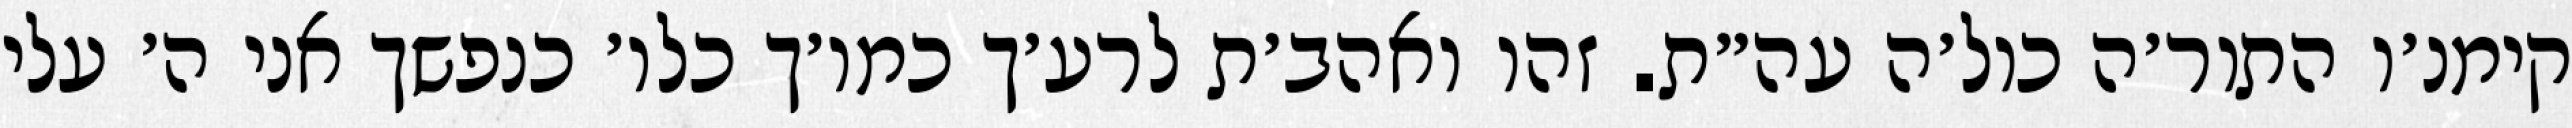
קימנ׳ו התור׳ה כול׳ה עה״ת. זהו ואהב׳ת לרע׳ך כמו׳ך כלו׳ כנפשך אני ה׳ עלי